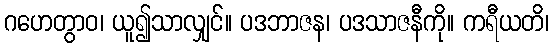
ဂဟေတွာဝ၊ ယူ၍သာလျှင်။ ပဒဘာဇန၊ ပဒသာဇနီကို။ ကရီယတိ၊